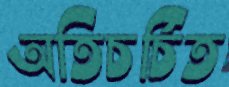
অতিচর্চিত